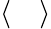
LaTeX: \langle\quad\rangle